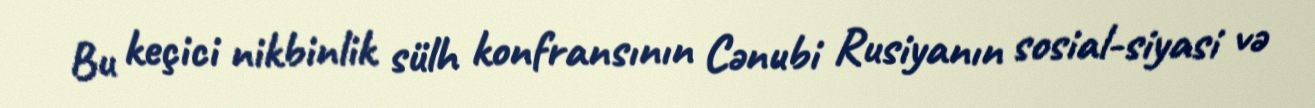
Bu keçici nikbinlik sülh konfransının Cənubi Rusiyanın sosial-siyasi və